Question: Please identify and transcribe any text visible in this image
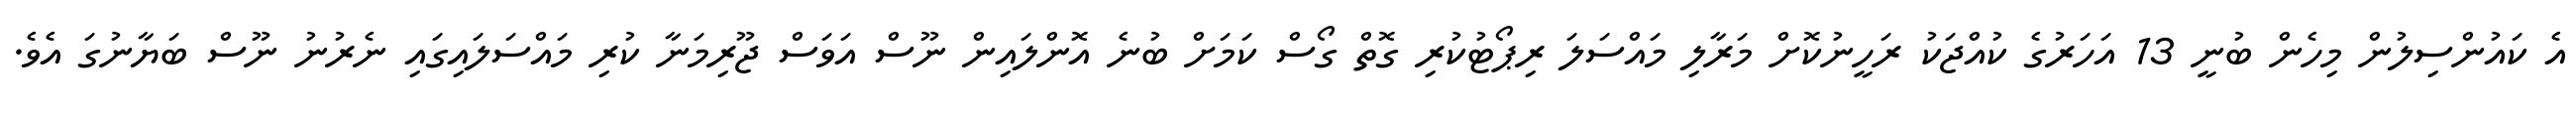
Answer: އެ ކައުންސިލުން މިހެން ބުނީ 13 އަހަރުގެ ކުއްޖަކު ރަހީނުކޮށް މަރާލި މައްސަލަ ރިޕޯޓުކުރި ގޮތް ގޯސް ކަމަށް ބުނެ އޮންލައިން ނޫސް އަވަސް ޖޫރިމަނާ ކުރި މައްސަލައިގައި ނެރުނު ނޫސް ބަޔާނުގަ އެވެ.